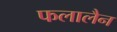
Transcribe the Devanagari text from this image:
फलालैन